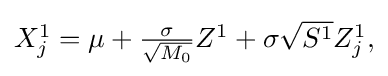
{\textstyle X_{j}^{1}=\mu +{\frac {\sigma }{\sqrt {M_{0}}}}Z^{1}+\sigma {\sqrt {S^{1}}}Z_{j}^{1},}